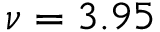
\nu = 3 . 9 5